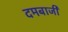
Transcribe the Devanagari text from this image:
दमबाजी